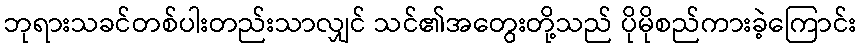
ဘုရားသခင်တစ်ပါးတည်းသာလျှင် သင်၏အတွေးတို့သည် ပိုမိုစည်ကားခဲ့ကြောင်း